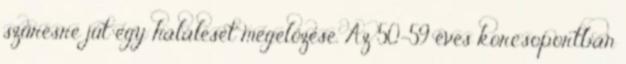
szűrésre jut egy haláleset megelőzése. Az 50-59 éves korcsoportban